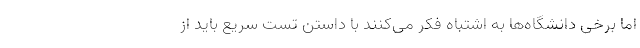
اما برخی دانشگاه‌ها به اشتباه فکر می‌کنند با داستن تست سریع باید از